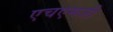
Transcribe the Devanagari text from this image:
एचएमजी